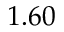
1 . 6 0